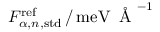
F _ { \alpha , n , \mathrm { s t d } } ^ { \mathrm { r e f } } \, / \, \mathrm { m e V } \, \mathrm { ~ \AA ~ } ^ { - 1 }